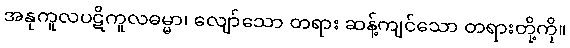
အနုကူလပဋိကူလဓမ္မာ၊ လျော်သော တရား ဆန့်ကျင်သော တရားတို့ကို။